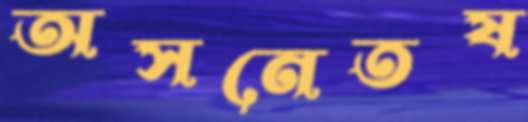
অসনেতষ